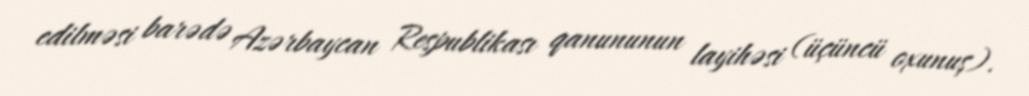
edilməsi barədə Azərbaycan Respublikası qanununun layihəsi (üçüncü oxunuş).